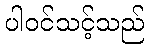
ပါဝင်သင့်သည်